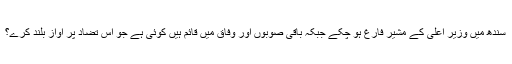
سندھ میں وزیر اعلیٰ کے مشیر فارغ ہو چکے جبکہ باقی صوبوں اور وفاق میں قائم ہیں کوئی ہے جو اس تضاد پر آواز بلند کرے؟